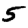
Digit: 5